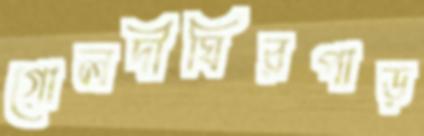
গোলদীঘিরপাড়